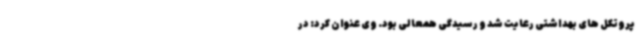
پروتکل های بهداشتی رعایت شد و رسیدگی همعالی بود. وی عنوان کرد: در